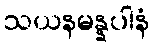
သယနမန္နပါနံ